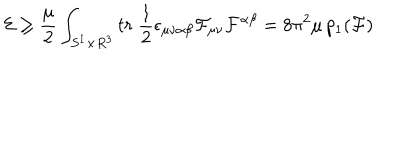
{ \cal E } \ge \frac { \mu } { 2 } \int _ { S ^ { 1 } \times R ^ { 3 } } t r \; \frac { 1 } { 2 } \epsilon _ { \mu \nu \alpha \beta } { \cal F } _ { \mu \nu } { \cal F } ^ { \alpha \beta } = 8 \pi ^ { 2 } \mu \, p _ { 1 } ( { \cal F } )